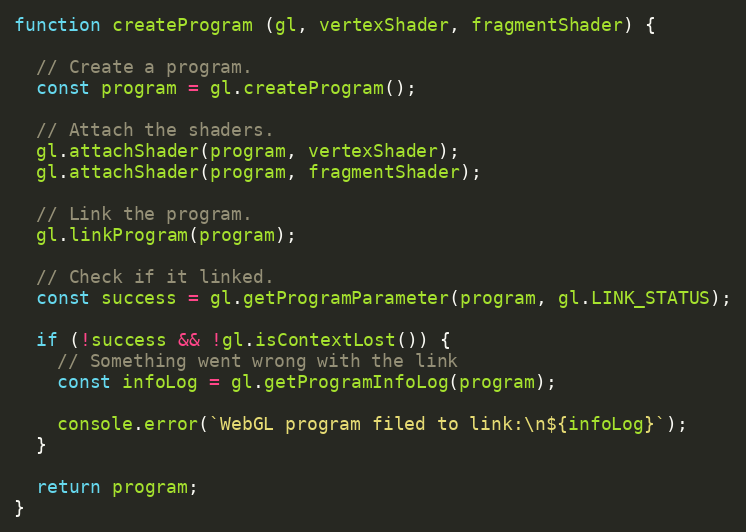
Language: JavaScript
function createProgram (gl, vertexShader, fragmentShader) {

  // Create a program.
  const program = gl.createProgram();

  // Attach the shaders.
  gl.attachShader(program, vertexShader);
  gl.attachShader(program, fragmentShader);

  // Link the program.
  gl.linkProgram(program);

  // Check if it linked.
  const success = gl.getProgramParameter(program, gl.LINK_STATUS);

  if (!success && !gl.isContextLost()) {
    // Something went wrong with the link
    const infoLog = gl.getProgramInfoLog(program);

    console.error(`WebGL program filed to link:\n${infoLog}`);
  }

  return program;
}